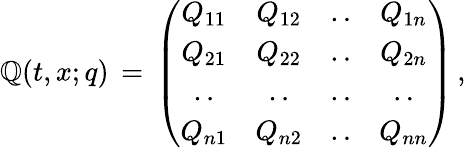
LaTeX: \mathbb{Q}(t,x;q)\, =\, \left(\begin{array}{cccc}{{Q_{11}}}&{{Q_{12}}}&{{..}}&{{Q_{1n}}}\\ {{Q_{21}}}&{{Q_{22}}}&{{..}}&{{Q_{2n}}}\\ {{..}}&{{..}}&{{..}}&{{..}}\\ {{Q_{n1}}}&{{Q_{n2}}}&{{..}}&{{Q_{nn}}}\end{array}\right)\, ,